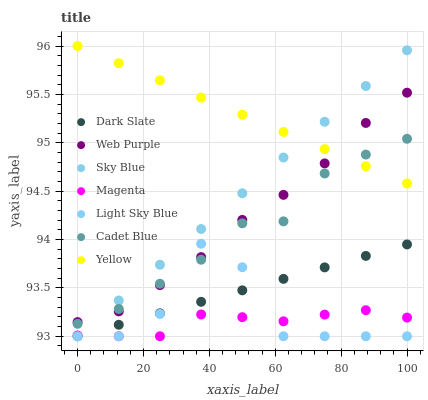
| xaxis_label | Dark Slate | Web Purple | Sky Blue | Magenta | Light Sky Blue | Cadet Blue | Yellow |
 | --- | --- | --- | --- | --- | --- | --- | --- |
 | 0 | 93 | 93.1 | 93 | 93 | 93 | 93.1 | 96 |
 | 12.5 | 93.1 | 93.3 | 93.4 | 93 | 93 | 93.3 | 95.8 |
 | 25 | 93.2 | 93.5 | 93.7 | 93 | 93.2 | 93.5 | 95.6 |
 | 37.5 | 93.4 | 93.8 | 94.1 | 93.2 | 94 | 93.8 | 95.5 |
 | 50 | 93.5 | 94.2 | 94.5 | 93.2 | 93.7 | 94.2 | 95.3 |
 | 62.5 | 93.6 | 94.5 | 94.8 | 93.2 | 93 | 94.2 | 95.1 |
 | 75 | 93.7 | 94.8 | 95.2 | 93.2 | 93 | 94.7 | 94.9 |
 | 87.5 | 93.8 | 95.2 | 95.6 | 93.3 | 93 | 94.9 | 94.8 |
 | 100 | 93.9 | 95.5 | 96 | 93.2 | 93 | 95 | 94.6 |